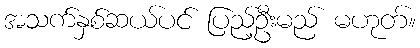
အသက်နှစ်ဆယ်ပင် ပြည့်ဦးမည် မဟုတ်။